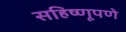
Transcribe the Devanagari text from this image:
सहिष्णूपणे